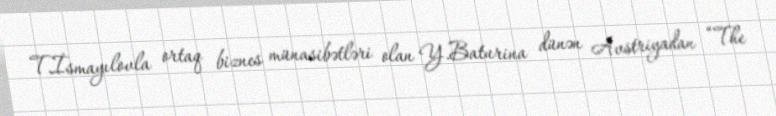
T.İsmayılovla ortaq biznes münasibətləri olan Y.Baturina dünən Avstriyadan “The